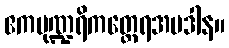
ဧကပုဏ္ဍရိကတ္ထေရအပဒါန။